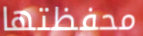
محفظتها